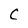
Character: C